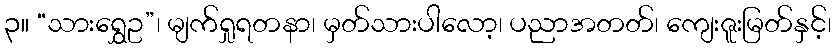
၃။ “သားရွှေဥ”၊ မျက်ရှုရတနာ၊ မှတ်သားပါလော့၊ ပညာအတတ်၊ ကျေးဇူးမြတ်နှင့်၊